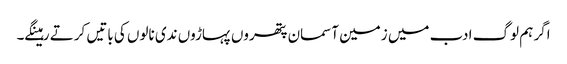
اگر ہم لوگ ادب میں زمین آسمان پتھروں پہاڑوں ندی نالوں کی باتیں کرتے رہینگے۔